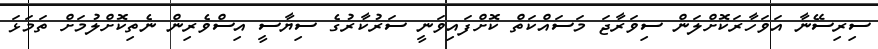
ސިރިސޭނާ އަވަހާރަކޮށްލަން ސިވަރާޖަ މަސައްކަތް ކޮށްފައިވަނީ ސަރުކާރުގެ ސިޔާސީ އިސްވެރިން ނެތިކޮށްލުމަށް ތަމަޅަ